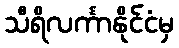
သီရိလင်္ကာနိုင်ငံမှ